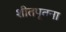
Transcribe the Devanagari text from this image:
शीतपूतना